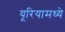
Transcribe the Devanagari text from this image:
यूरियामध्ये